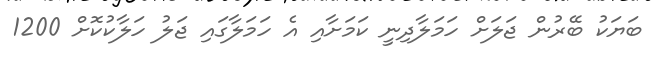
ބަޔަކު ބޭރުން ޖަލަށް ހަމަލާދިނީ ކަމަށާއި އެ ހަމަލާގައި ޖަލު ހަލާކުކޮށް 1200